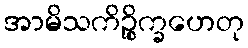
အာမိသကိဉ္စိက္ခဟေတု